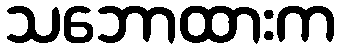
သဘောထားက